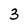
Character: 3